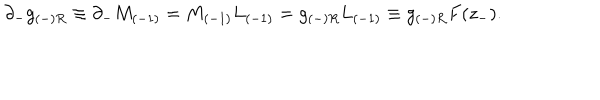
\partial _ { - } g _ { ( - ) R } \equiv \partial _ { - } M _ { ( - 1 ) } = M _ { ( - 1 ) } L _ { ( - 1 ) } = g _ { ( - ) R } L _ { ( - 1 ) } \equiv g _ { ( - ) R } { F } ( z _ { - } ) .